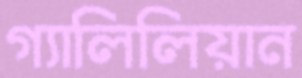
গ্যালিলিয়ান